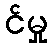
င်မှု